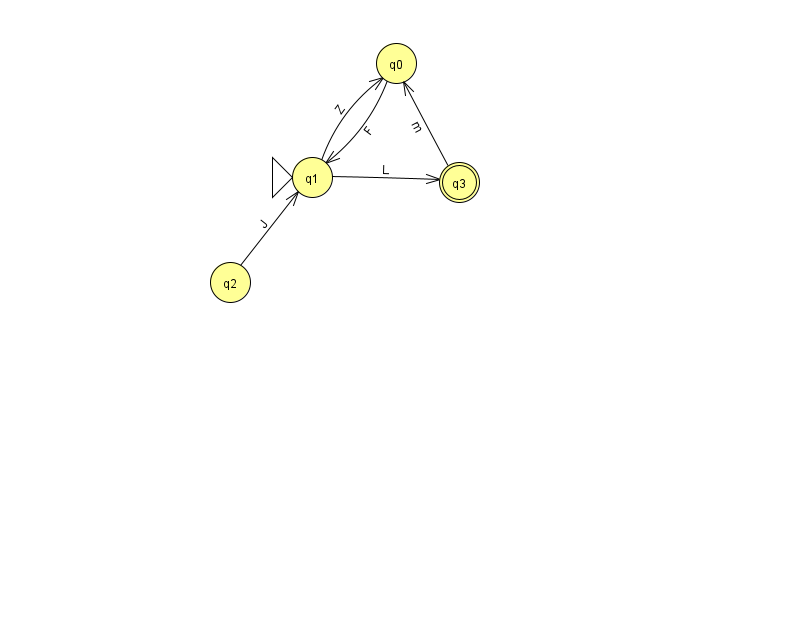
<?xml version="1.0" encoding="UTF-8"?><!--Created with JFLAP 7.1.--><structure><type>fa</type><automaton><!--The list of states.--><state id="0" name="q0"><x>396.0</x><y>50.0</y></state><state id="1" name="q1"><x>312.0</x><y>164.0</y><initial/></state><state id="2" name="q2"><x>230.0</x><y>269.0</y></state><state id="3" name="q3"><x>459.0</x><y>169.0</y><final/></state><!--The list of transitions.--><transition><from>1</from><to>3</to><read>L</read></transition><transition><from>1</from><to>0</to><read>Z</read></transition><transition><from>2</from><to>1</to><read>J</read></transition><transition><from>3</from><to>0</to><read>m</read></transition><transition><from>0</from><to>1</to><read>F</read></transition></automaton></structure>